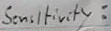
Text: Sensitivity: